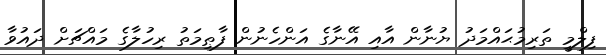
ފިލްމީ ތަރިމުޙައްމަދު ޔުނާން އާއި އޭނާގެ އަންހެނުން ފާޠިމަތު ރިހުލާގެ މައްޗަށް ދައުވާ